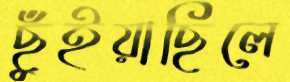
ছুঁইয়াছিলে